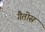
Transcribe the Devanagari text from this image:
गैतोस